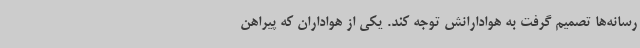
رسانه‌ها تصمیم گرفت به هوادارانش توجه کند. یکی از هواداران که پیراهن